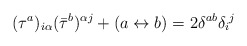
\begin{align*}(\tau^a)_{i\alpha} (\bar{\tau}^b)^{\alpha j} + (a \leftrightarrow b)= 2 \delta^{ab} \delta_i{}^j\end{align*}